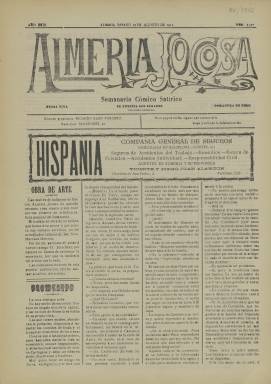
Título: Almería jocosa
Colección: Periódicos || Revistas satíricas y humorísticas
Ámbito geográfico: Almería
Lugar de publicación: Almería
Fechas: 19/08/1911-19/08/1911

Este semanario cómico satírico comenzó a editarse en 1889 y tuvo una larga vida, dado que se publicó durante más de veinte años, algo poco habitual en una publicación intrascendente de esta clase. La Biblioteca Nacional de España solo posee un número del semanario, el correspondiente al 19 de agosto de 1911.

   Almería Jocosa, como su propio título indica, publicaba noticias y artículos con aire festivo, así como piezas sueltas literarias en las que predominaba su tono cómico. Se publicaba los sábados y ya en su cabecera anunciaba su propósito de no tomarse nada en serio al insertar las palabras ‘guasa viva’ y ‘tomadura de pelo’.

De cuatro páginas y editado a cuatro columnas, contaba en su portada con una sección titulada ‘Bromeando’ en la que se solía comentar el tema de la semana. En el número que posee la BNE, por ejemplo, puede leerse lo siguiente en esta sección:

   ‘La cosa está que arde. No hay medio de encontrar frescura en ningún sitio de la capital, y los vecinos de Almería se bañan en su propia tinta. Los que tienen medios, abandonan la población dispuestos soportar las comidas de fonda y el traqueteo demoledor de los trenes. Unos se van a las playas pobres, pero honradas, donde la vida es económica, aunque inaguantable, y otros hacen el sacrificio de vivir en Cartagena y dejar un riñón en poder de patronas y fondistas’.

  El semanario, cuyo director y propietario era Ricardo Raso Portero, pudo mantenerse durante tanto tiempo por contar con un gran número de anuncios que insertaba por sus cuatro páginas y que debieron contribuir no poco a la financiación de los gastos de composición e impresión de la publicación.

   Curiosamente, en lo que más destaca Almería jocosa es en su publicidad festiva, algo que la hace una publicación singular. Llenando su última página puede leerse todo un conjunto de firmas comerciales que venden sus productos o servicios valiéndose de unos graciosos versos rimados. Véase por ejemplo el anuncio del comerciante Andrés Sánchez:

   ‘El jamón más bien curado
y el vino más exquisito
tiene Andrés en su colmado,
para abrir el apetito’

[Descripción publicada el 15/02/2023]